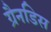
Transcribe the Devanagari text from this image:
ग्रैनडिस